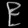
Digit: ၉